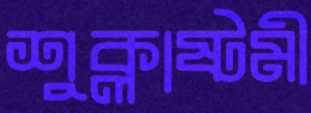
শুক্লাষ্টমী